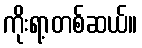
ကိုးရာ့တစ်ဆယ်။